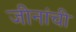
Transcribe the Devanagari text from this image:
जीनांची